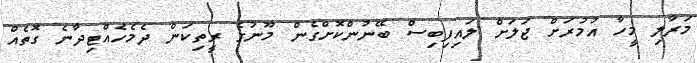
މަރާލި މީހާ އުމުރަށް ޖަލަށް ލައިފިބިސް ބޭނުންކޮށްގެން މޫނުގެ ރީތިކަން ދެމެހެއްޓިދާނެ ގޮތެއް